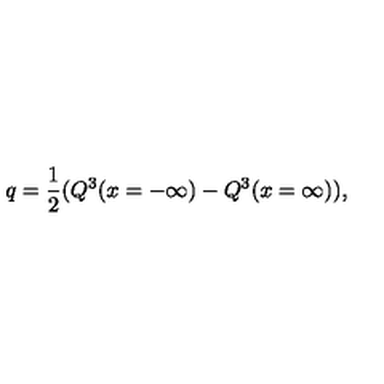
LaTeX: q = { \frac { 1 } { 2 } } ( Q ^ { 3 } ( x = - \infty ) - Q ^ { 3 } ( x = \infty ) ) ,